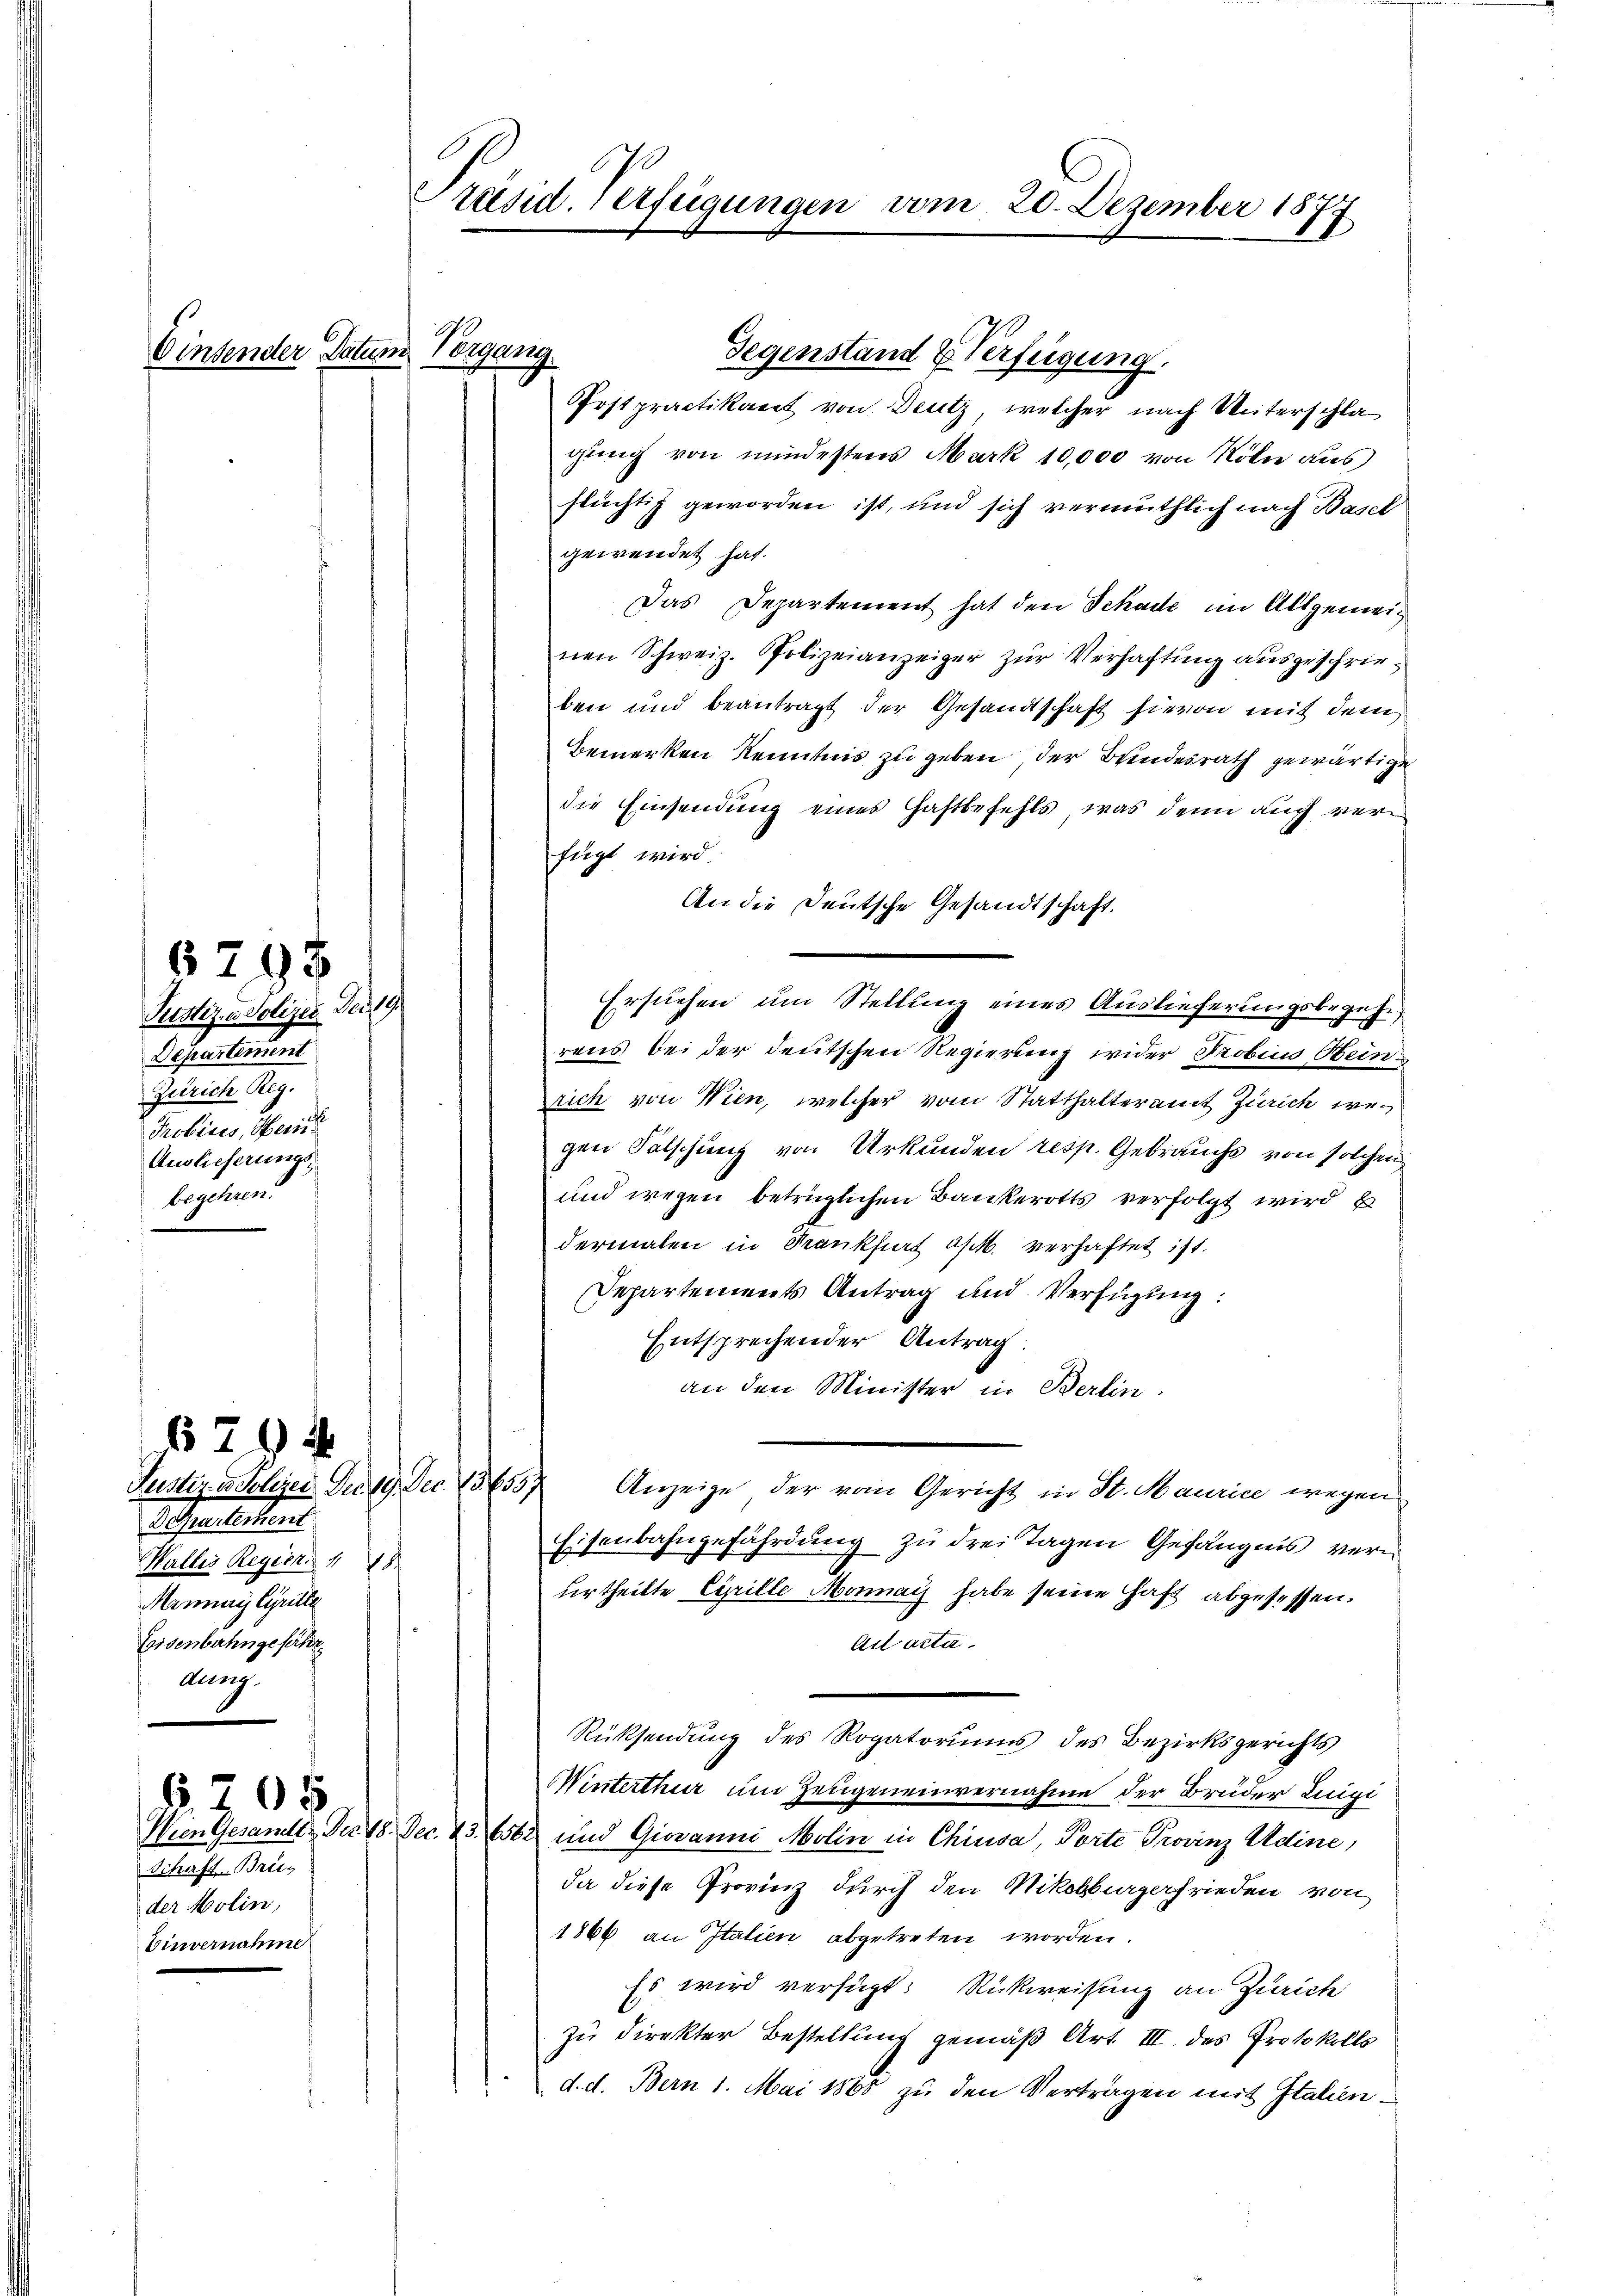
8
5

505

Justiz- u. Polizei der 19
Departement
Zeerl
Probires, Her
Auslieferungsbegehren.

6794
Justiz- u. Polizei. Der 19. Dec. 13655/
Departement
Wallis Regien 1 18
Mammari Cyrille
Eisenbahngefähr
aurig.

Schaft Breis
der Molin,
Einvernahme

räsid. Verfügungen vom 20. Dezember 1877

Gegenstand & Verfügung.
Orstpractikant von Deutz, welcher nach Unterschlagung von mindestens Mark 10,000 von Köln aus
ftüchtig geworden ist, und sich vermuthlich nach Basel
gewendet hat.
Das Departement hat den Schade im Allgemeinen Schweiz. Polizeianzeiger zur Verhaftung ausgeschrieben und beantragt der Gesandtschaft hievon mit dem
Bemerken Kenntnis zu geben, der Bundesrath gewärtige
die Einsendung eines Haftbefehls, was denn auch verfügt wird.
An die Deutsche Gesandtschaft.
Erstehen um Stellung eines Auslieferungsbegehr
rens bei der deutschen Regierung wider Probins Bein
Zeich von Wien, welcher vom Statthalteramt Zürich wegen Fälschung von Urkunden resp. Gebrauchs von solchen
und wegen betrüglichen Bankerotts verfolgt wird
dermalen in Frankfurt a/M. verhaftet ist.
Departements Antrag und Verfügung:
Entsprechender Antrag
an den Minister in Berlin.
Anzeige der vom Gericht in St. Maurice wegen
Eisenbahngefährdung zu drei Tagen Gefängnis verurtheilte Copille Monnach habe seine Haft abgesessen.
Act acta
Rücksendung des Rogatoriums des Bezirksgerichts
Winterthur um Zeugeneinvernahme der Brüder Luigi
Wien Gesamts Nr. 18. Dec. 236562 und Giovanni Molin in Chiusa, Torte Provinz Adine,
da diese Grovinz durch den Nikolburgerfrieden von
1866 an Italien abgetreten worden.
Es wird verfügt: Rückweisung an Zürich
zu direkter Bestellung gemäß Art. III. des Protokolls
d. d. Bern 1. Mai 1865 zu den Verträgen mit Italien¬

er Datum Vorgang.